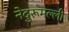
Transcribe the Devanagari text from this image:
नेदुरूमल्ली